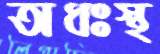
অধঃস্থ